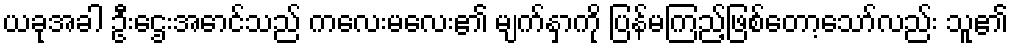
ယခုအခါ ဦးဌေးအောင်သည် ကလေးမလေး၏ မျက်နှာကို ပြန်မကြည့်ဖြစ်တော့သော်လည်း သူ၏